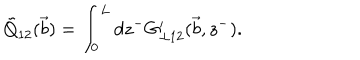
\tilde { Q } _ { 1 2 } ( \vec { b } ) = \int _ { 0 } ^ { L } d z ^ { - } G _ { \bot 1 2 } ^ { \prime } ( { \vec { b } } , z ^ { - } ) .